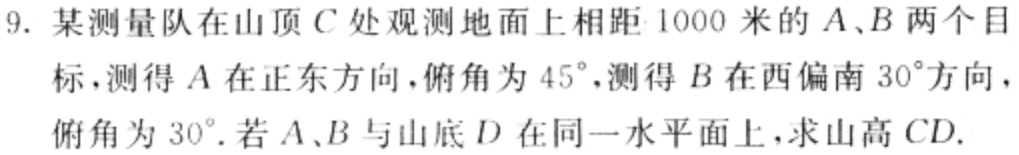
9. 某测量队在山顶\(C\)处观测地面上相距\(1000\)米的\(A、B\)两个目标，测得\(A\)在正东方向，俯角为\(45^{\circ}\)，测得\(B\)在西偏南\(30^{\circ}\)方向，俯角为\(30^{\circ}\)。若\(A、B\)与山底\(D\)在同一水平面上，求山高\(CD\)。